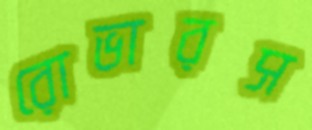
রোভারস